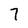
Character: 7